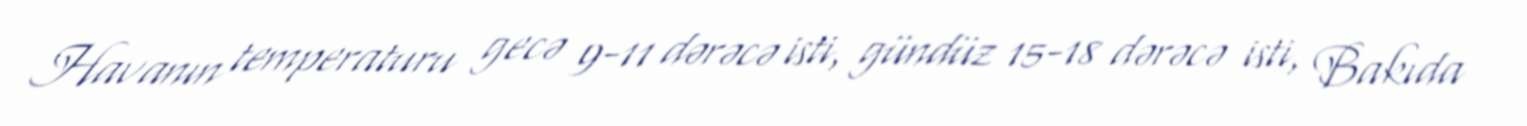
Havanın temperaturu gecə 9-11 dərəcə isti, gündüz 15-18 dərəcə isti, Bakıda